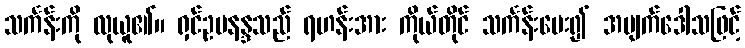
သင်္ကန်းကို လုယူ၏။ ရှင်ဥပနန္ဒသည် ရဟန်းအား ကိုယ်တိုင် သင်္ကန်းပေး၍ အမျက်ဒေါသဖြင့်